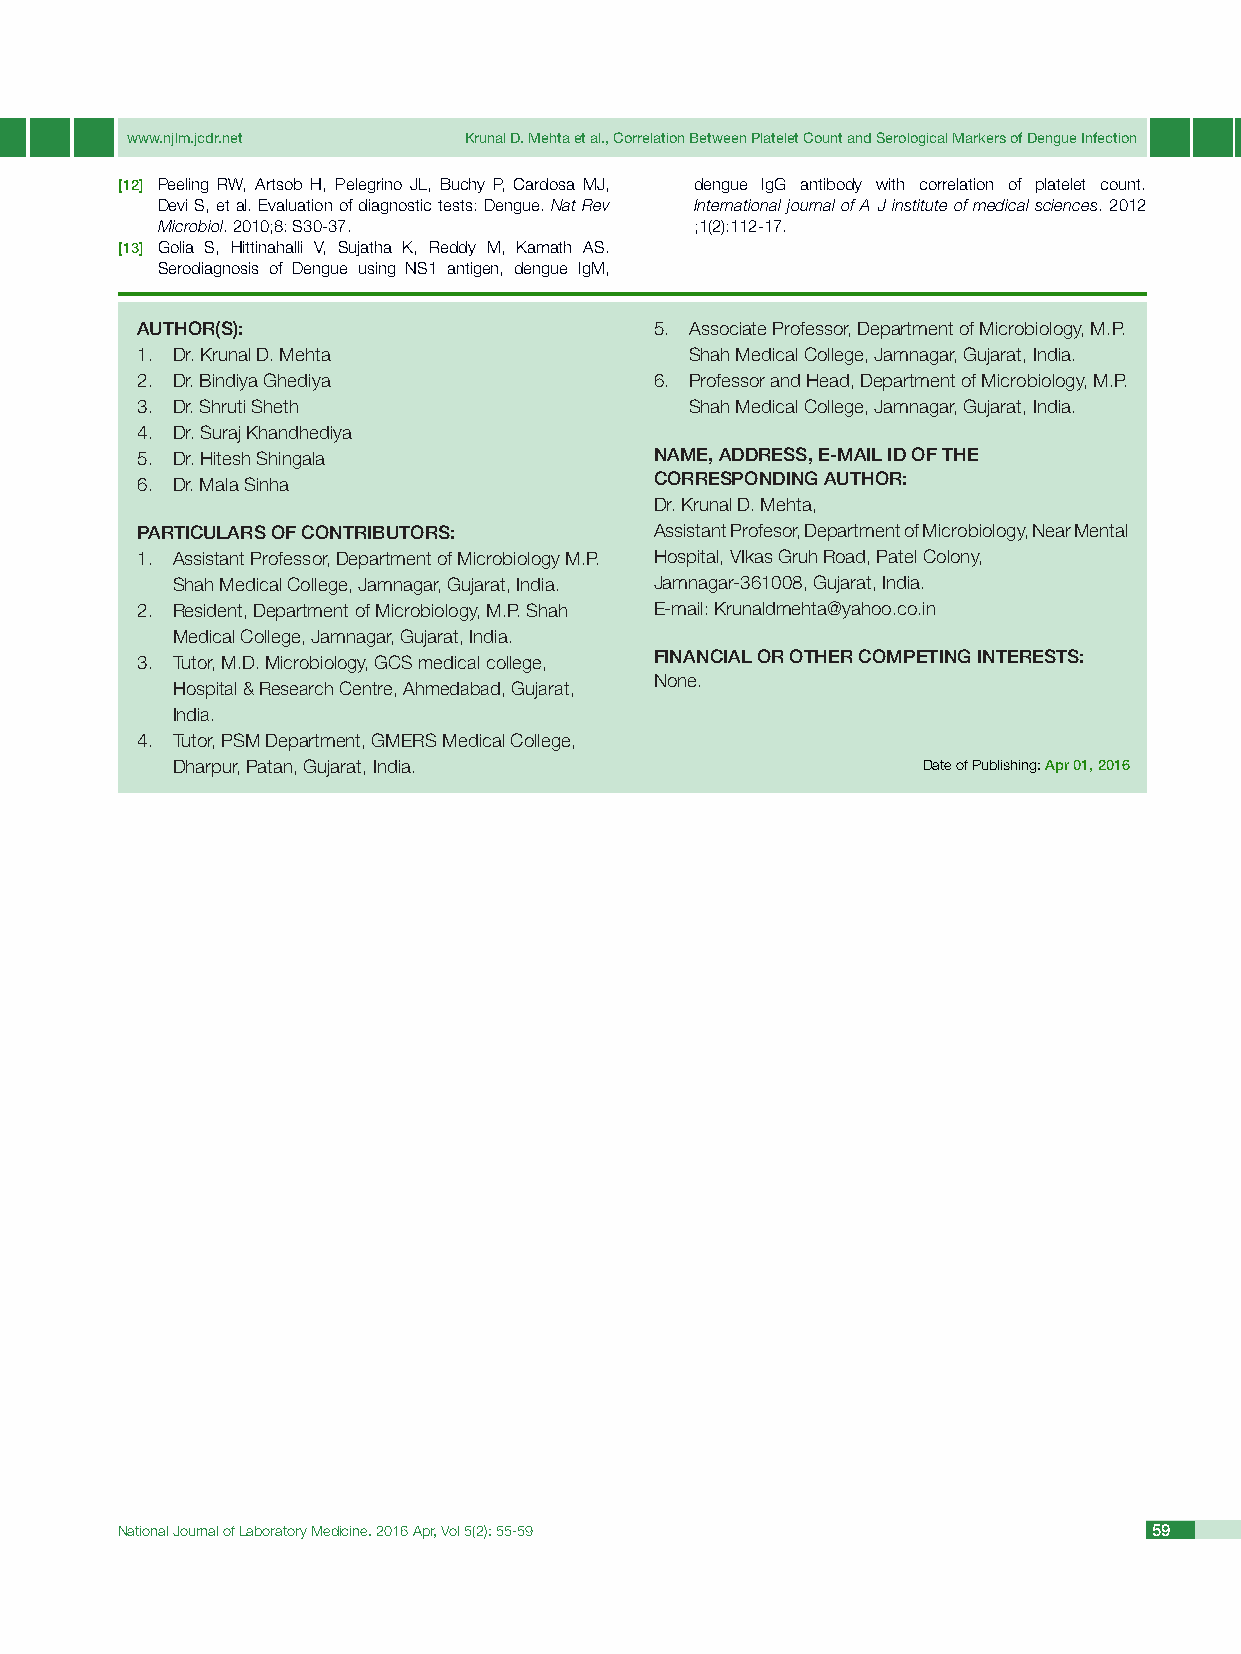
www.njlm.jcdr.net      Krunal D. Mehta et al., Correlation Between Platelet Count and Serological Markers of Dengue Infection
 [12] Peeling RW, Artsob H, Pelegrino JL, Buchy P, Cardosa MJ, dengue IgG antibody with correlation of platelet count.
 Devi S, et al. Evaluation of diagnostic tests: Dengue. Nat Rev International journal of A J institute of medical sciences. 2012
 Microbiol. 2010;8: S30-37.          ;1(2):112-17.
 [13] Golia S, Hittinahalli V, Sujatha K, Reddy M, Kamath AS.
 Serodiagnosis of Dengue using NS1 antigen, dengue IgM,
 authOr(S):                        5. Associate Professor, Department of Microbiology, M.P.
 1. Dr. Krunal D. Mehta               Shah Medical College, Jamnagar, Gujarat, India.
 2. Dr. Bindiya Ghediya            6. Professor and Head, Department of Microbiology, M.P.
 3. Dr. Shruti Sheth                  Shah Medical College, Jamnagar, Gujarat, India.
 4. Dr. Suraj Khandhediya
 5. Dr. Hitesh Shingala            naMe, aDDreSS, e-Mail iD OF the
 6. Dr. Mala Sinha                 COrreSPOnDinG authOr:
 Dr. Krunal D. Mehta,
 PartiCularS OF COntriButOrS:      Assistant Profesor, Department of Microbiology, Near Mental
 1. Assistant Professor, Department of Microbiology M.P. Hospital, VIkas Gruh Road, Patel Colony,
 Shah Medical College, Jamnagar, Gujarat, India. Jamnagar-361008, Gujarat, India.
 2. Resident, Department of Microbiology, M.P. Shah E-mail: Krunaldmehta@yahoo.co.in
 Medical College, Jamnagar, Gujarat, India.
 3. Tutor, M.D. Microbiology, GCS medical college, FinanCial Or Other COMPetinG intereStS:
 None.
 Hospital & Research Centre, Ahmedabad, Gujarat,
 India.
 4. Tutor, PSM Department, GMERS Medical College,
 Dharpur, Patan, Gujarat, India.                   Date of Publishing: apr 01, 2016
 National Journal of Laboratory Medicine. 2016 Apr, Vol 5(2): 55-59  59